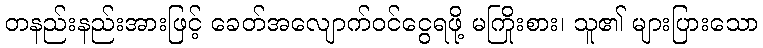
တနည်းနည်းအားဖြင့် ခေတ်အလျောက်ဝင်ငွေရဖို့ မကြိုးစား၊ သူ၏ များပြားသော